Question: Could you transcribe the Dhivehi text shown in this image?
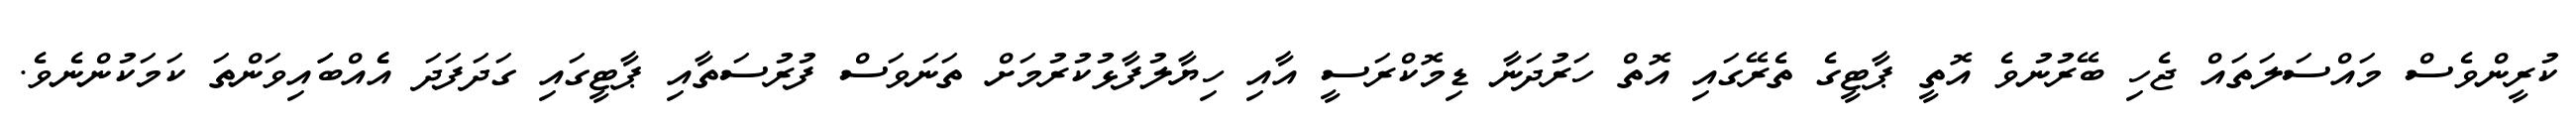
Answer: ކުރީންވެސް މައްސަލަތައް ޖެހި ބޭރުނުވެ އޮތީ ޕާޓީގެ ތެރޭގައި އޮތް ހަރުދަނާ ޑިމޮކްރަސީ އާއި ހިޔާލުފާޅުކުރުމަށް ތަނަވަސް ފުރުސަތާއި ޕާޓީގައި ގަދަފަދަ އެެއްބަައިވަންތަ ކަމަކުންނެވެ.